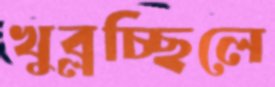
খুব্‌লচ্ছিলে